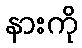
နားကို